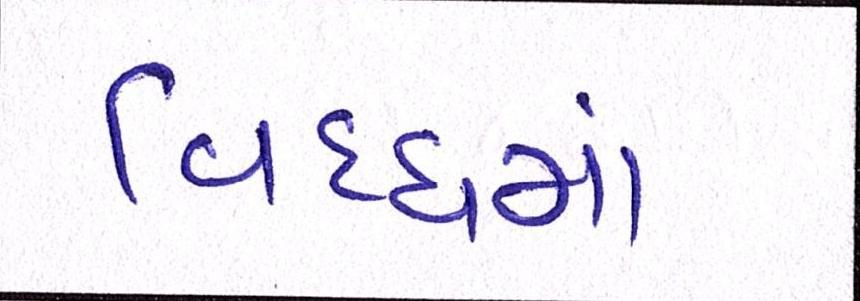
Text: વિધ્ધમાં